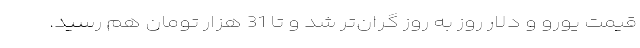
قیمت یورو و دلار روز به روز گران‌تر شد و تا 31 هزار تومان هم رسید.